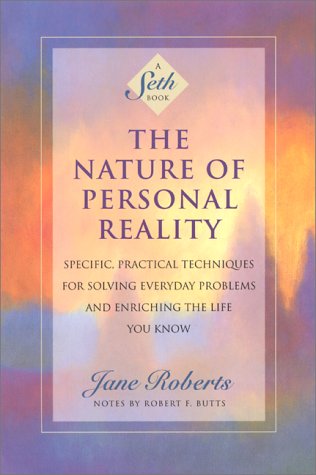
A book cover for The Nature of Personal Reality: Specific, Practical Techniques for Solving Everyday Problems and Enriching the Life You Know (Jane Roberts); Jane Roberts; Religion & Spirituality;